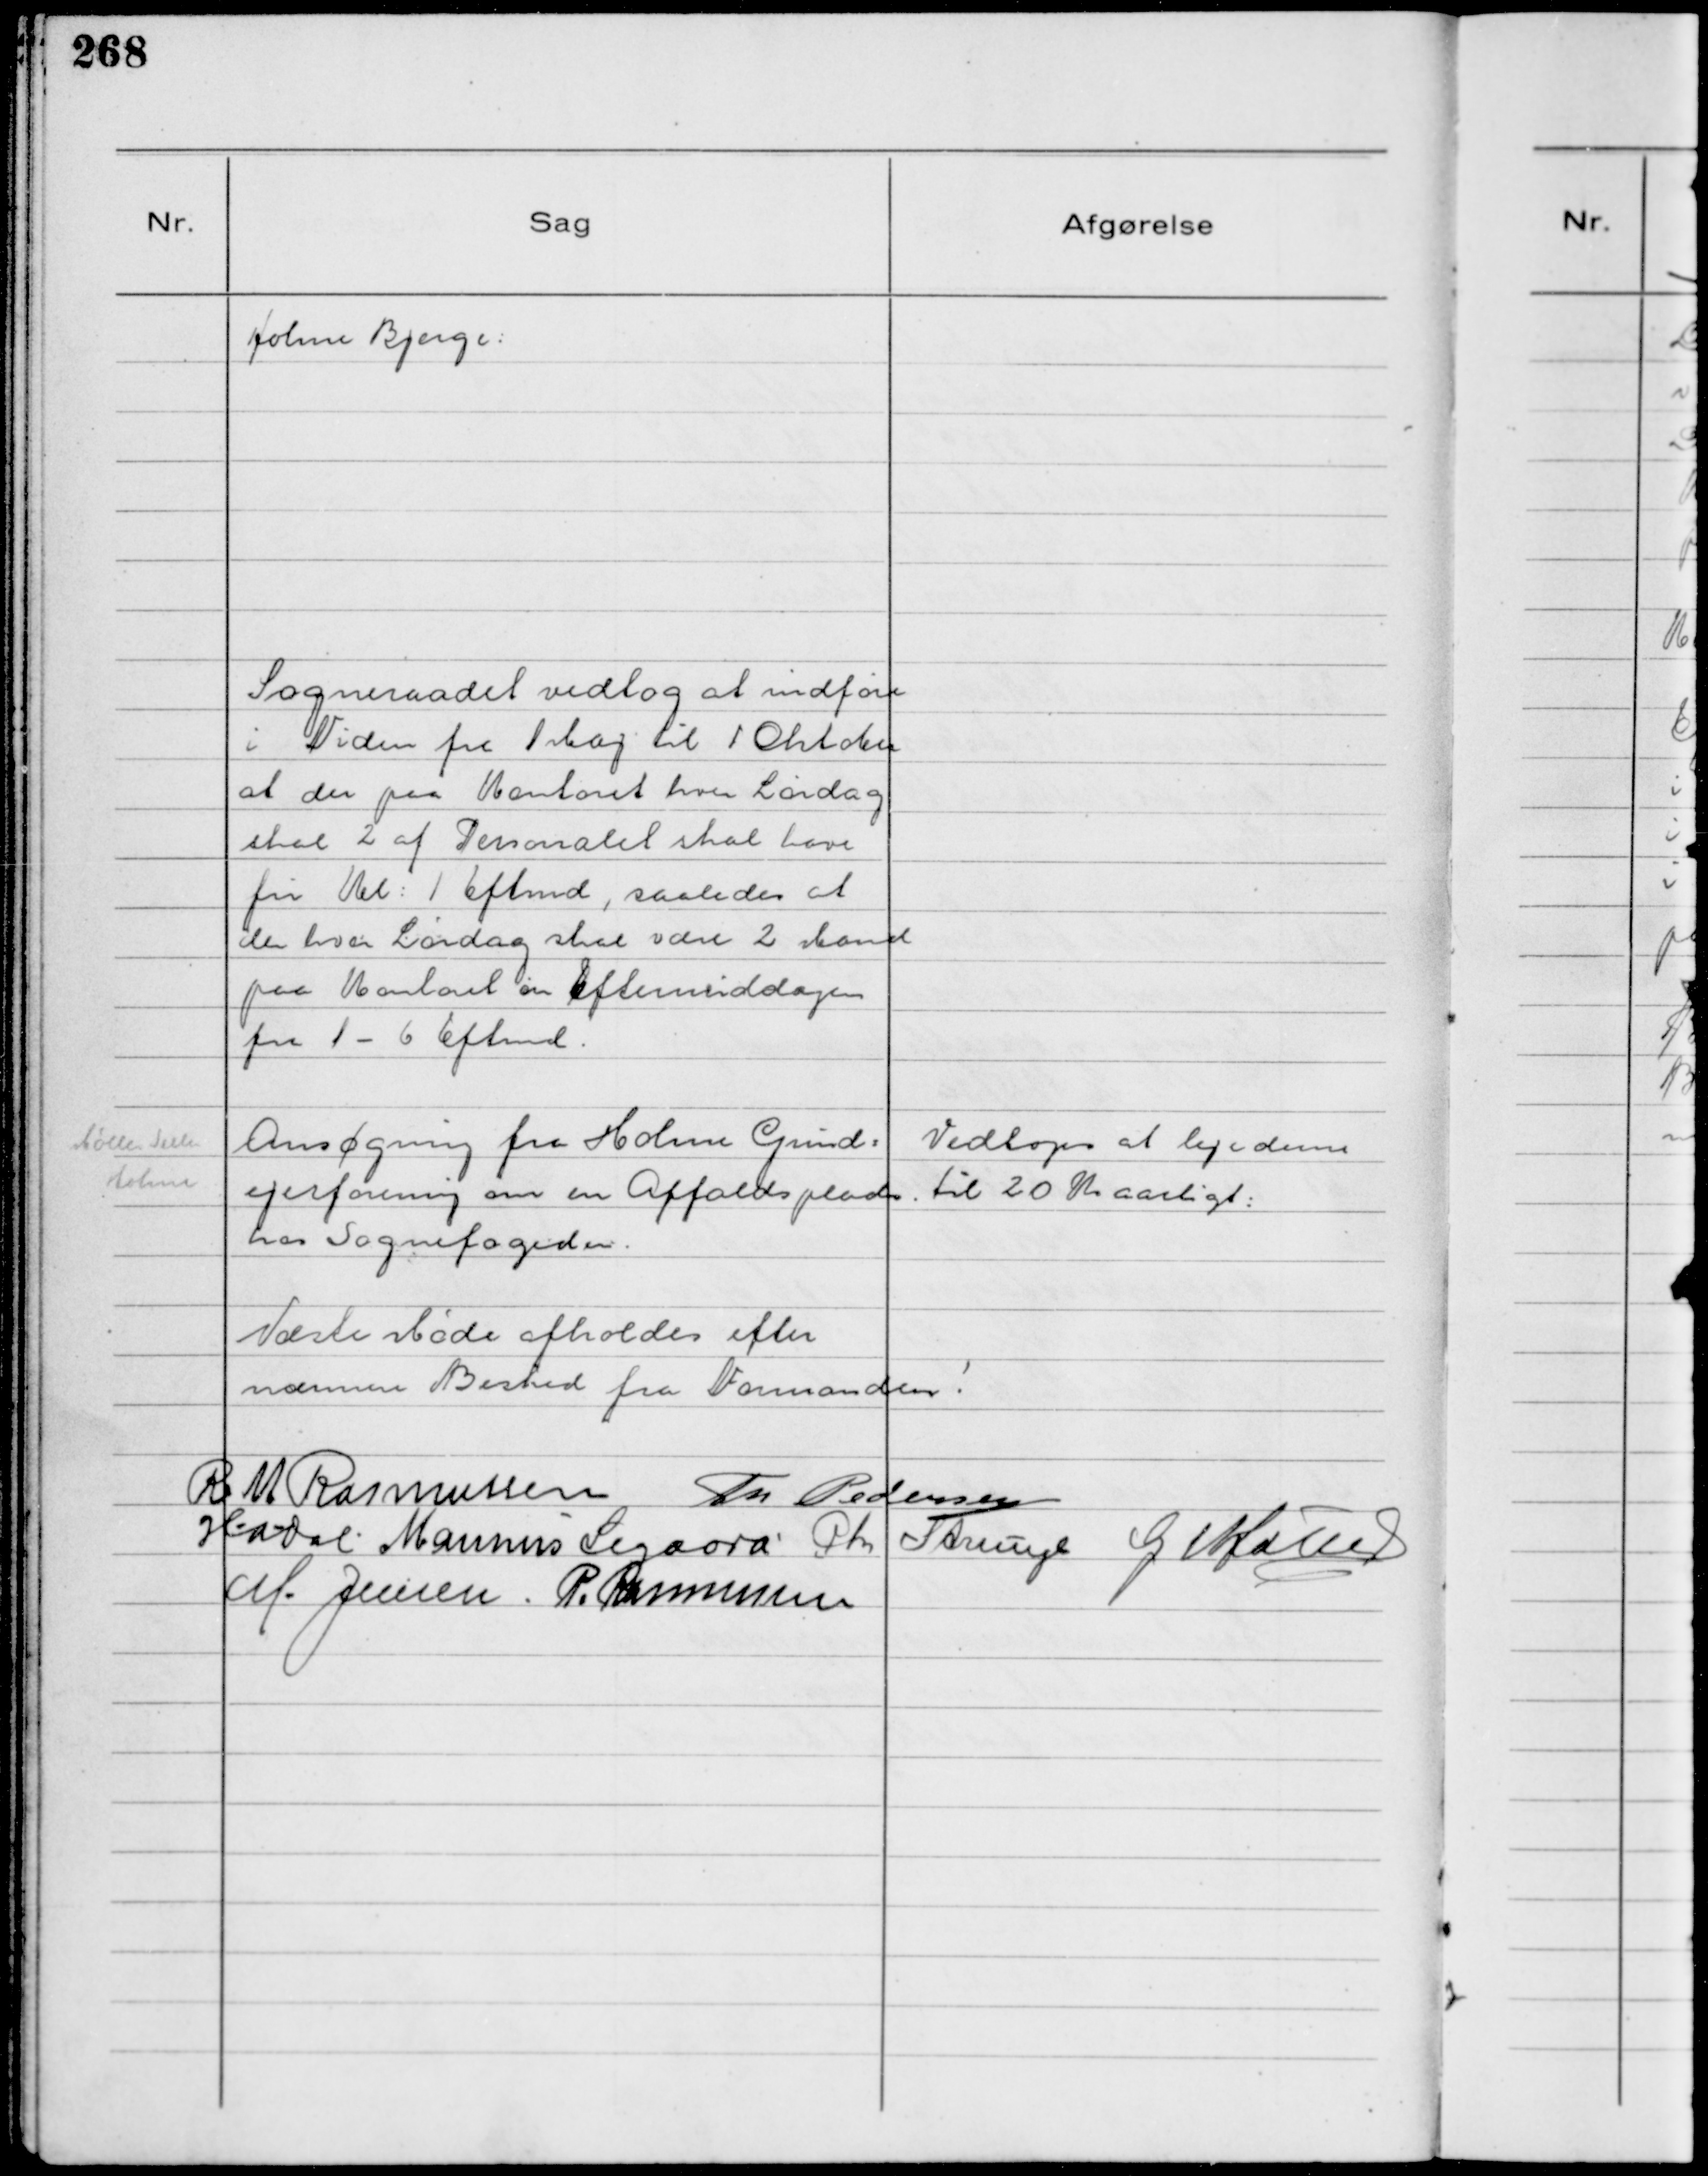
Transskription:
Holme Bjerge:

Sogneraadet vedtog at indføre
i Tiden fra 1 Maj til 1 Oktober
at der paa Kontoret hver Lørdag
skal 2 af Personalet skal have
fri Kl: 1 Eftmd, saaledes at
der hver Lørdag skal være 2 Mand
paa Kontoret om Eftermiddagen
fra 1-6 Eftmd.

Møller 
Holme

Ansøgning fra Holme Grund-
ejerforening om en Affaldsplads
hos Sognefogeden

Vedtoges at leje denne
til 20 Kr Aarligt

Næste Møde afholdes efter
nærmere Besked fra Formanden !
R M Rasmussen Th Pedersen
HADal Marinus Sigaard Chr Strunge G Møller
M. Jensen P. Rasmussen